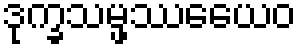
ဒုက္ခသမ္ဖဿေယေဝ